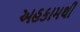
અહકામથી